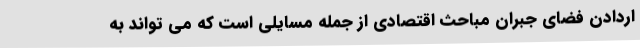
اردادن فضای جبران مباحث اقتصادی از جمله مسایلی است که می تواند به